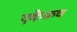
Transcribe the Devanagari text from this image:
एकेकच